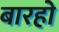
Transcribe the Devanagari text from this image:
बारहो